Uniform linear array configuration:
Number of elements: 16
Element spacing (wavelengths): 1
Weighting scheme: binomial
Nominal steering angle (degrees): -45
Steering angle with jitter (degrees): -45.733
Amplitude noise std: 0.05
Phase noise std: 0.05

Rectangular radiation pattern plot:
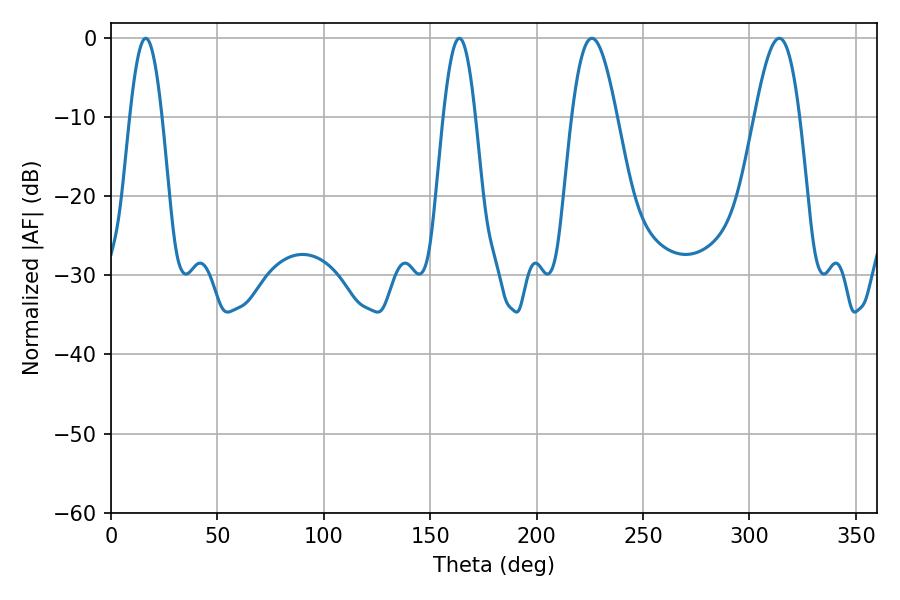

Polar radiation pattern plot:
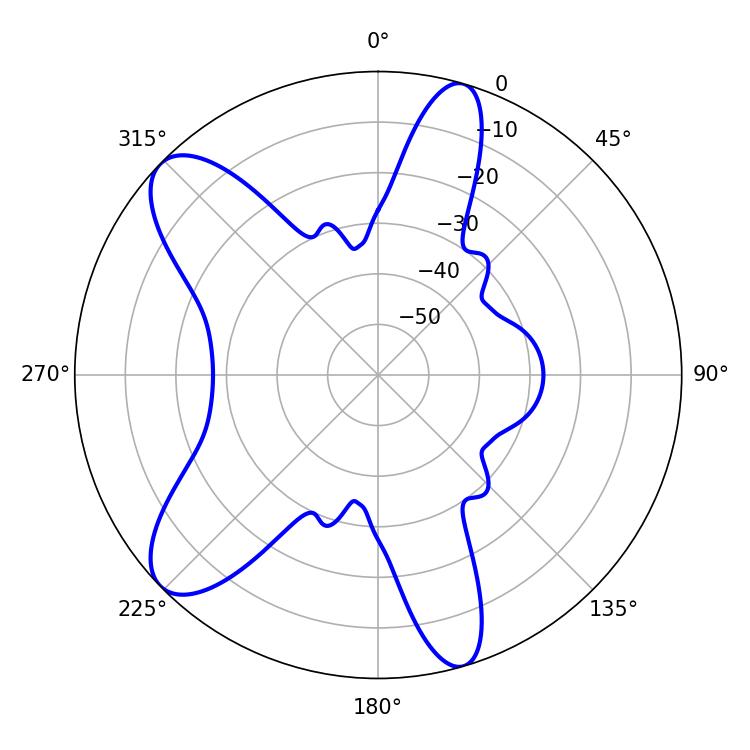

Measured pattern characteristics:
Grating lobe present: TRUE
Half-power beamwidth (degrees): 11.34
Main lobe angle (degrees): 225.9